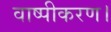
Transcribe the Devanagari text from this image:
वाष्पीकरण।